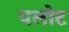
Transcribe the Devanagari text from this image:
पलोट